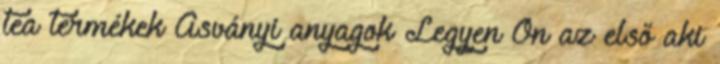
tea termékek Ásványi anyagok Legyen Ön az első aki